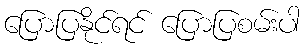
ပြောပြနိုင်ရင် ပြောပြစမ်းပါ